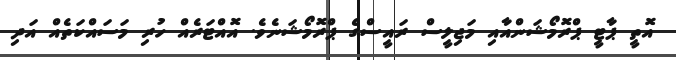
އޮތީ ޕާޓީ ޕްރޮމޯޝަންއާއި މަޖިލީސް ރައީސްގެ ޕްރޮމޯޝަނެވެ. އޮއްޓަރެއް ހުރި މަސައްކަތެއް އަދި